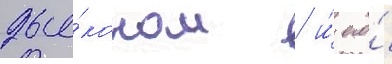
дья́коном / и́ его́